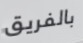
بالفريق